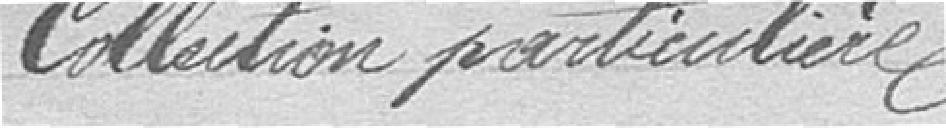
Collection particulière